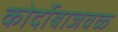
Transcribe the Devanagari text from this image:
कोर्दोबाजवळ